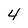
Character: 4